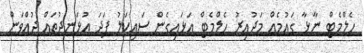
ހެލްމެޓް ނާޅާ ގައުމެއް މަދުއިރު ހެލްމެޓް އަޅައިގެން ސައިކަލު ފަދަ އުޅަނދުތައް ދުއްވަން